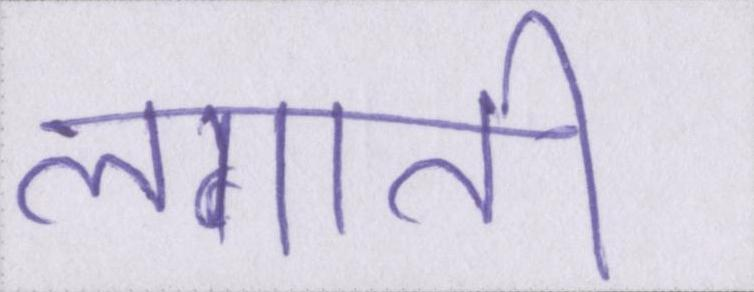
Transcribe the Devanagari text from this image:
लगाती